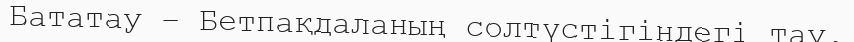
Бататау – Бетпақдаланың солтүстігіндегі тау.